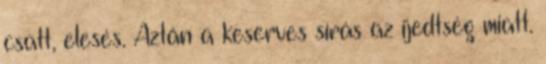
csatt, elesés. Aztán a keserves sírás az ijedtség miatt.